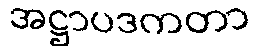
အဋ္ဌာပဒကတာ